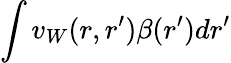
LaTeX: \int v_{W}(r,r^{\prime})\beta(r^{\prime})dr^{\prime}